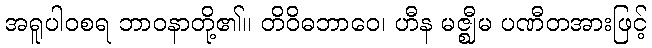
အရူပါဝစရ ဘာဝနာတို့၏။ တိဝိဓဘာဝေ၊ ဟီန မဇ္ဈီမ ပဏီတအားဖြင့်